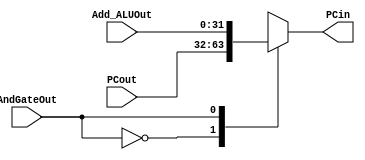
module Mux4 (PCout, Add_ALUOut, AndGateOut, PCin);

	input [31:0] PCout, Add_ALUOut;
	input AndGateOut;	
	
	output reg [31:0] PCin;
	
	initial begin
		PCin <= 0;
	end
	
	always @(*) begin
		case (AndGateOut)
			0: PCin <= PCout ;
			1: PCin <= Add_ALUOut;
		endcase
	end
endmodule